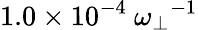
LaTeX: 1.0\times 10^{-4}~{\omega_{\perp}}^{-1}